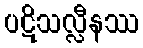
ပဋိသလ္လီနဿ